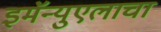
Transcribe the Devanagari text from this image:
इमॅन्युएलाचा